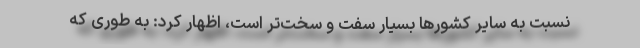
نسبت به سایر کشورها بسیار سفت و سخت‌تر است، اظهار کرد: به طوری که